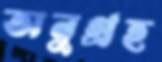
অনুগ্রহ